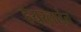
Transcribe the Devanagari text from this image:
हेयरलाईन